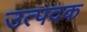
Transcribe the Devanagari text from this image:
उत्पदक